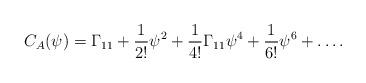
LaTeX: \begin{align*}C_A (\psi) = \Gamma_{11} + {1\over 2!} \psi^2 + {1\over 4!} \Gamma_{11} \psi^4+ {1\over 6!} \psi^6 + \ldots.\end{align*}